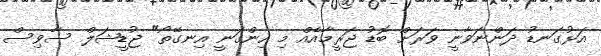
އަޅުގަނޑު ދަންނަވާނީ ވަރަށް ބޮޑު ޖަރީމާއެއް މި ހިންގަނީ އިނގޭތޯ" ޖުޑީޝަލް ސާވިސް